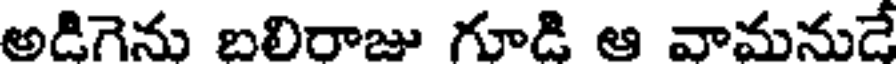
అడిగెను బలిరాజు గూడి ఆ వామనుడే